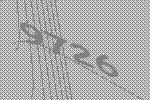
9726